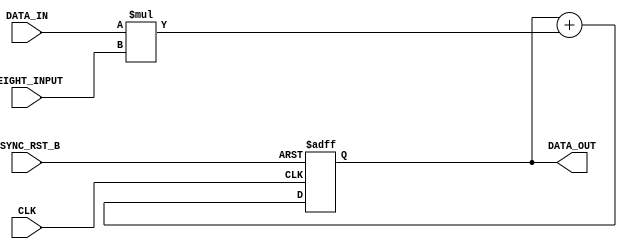
module test_MAC(CLK, ASYNC_RST_B,DATA_IN,WEIGHT_INPUT, DATA_OUT);

parameter LEN_WEIGHT = 8;
parameter LEN_DATA_IN = 8;
parameter LEN_DATA_OUT = 18;

input ASYNC_RST_B, CLK;
input signed [LEN_WEIGHT-1:0] DATA_IN;
input signed [LEN_DATA_IN-1:0] WEIGHT_INPUT;
output signed [LEN_DATA_OUT-1:0] DATA_OUT;

reg signed [LEN_DATA_OUT-1:0] DATA_OUT;

always @(posedge CLK or negedge ASYNC_RST_B) begin
    if (ASYNC_RST_B == 0) begin
        DATA_OUT <= 0;
    end
    else begin
        DATA_OUT <= DATA_OUT + DATA_IN * WEIGHT_INPUT;
    end
end

endmodule

//------------------------------------------------------------------------

module test();

parameter len_w = 10;
parameter len_i = 10;
parameter len_o = 20;

reg CLK;
wire signed [len_o-1:0] DATA_OUT;
reg signed [len_i-1:0] DATA_IN;
reg signed [len_w-1:0] WEIGHT_INPUT;

reg ASYNC_RST_B;

    initial begin
        #4 DATA_IN = -8'd125;
        #4 WEIGHT_INPUT= 8'd3;
        CLK = 0;
        #1 ASYNC_RST_B = 1;
        #2 ASYNC_RST_B = 0;
        #3 ASYNC_RST_B = 1;
        #50 $finish;
    end

always begin
    #5 CLK = !CLK;
    $display("%b", DATA_OUT);
    $display("%d", DATA_OUT);
end

// test_MAC MAC (.ASYNC_RST_B(ASYNC_RST_B), .DATA_IN(DATA_IN), .WEIGHT_INPUT(WEIGHT_INPUT), .DATA_OUT(DATA_OUT), .CLK(CLK));

// parameter overrride
test_MAC #( .LEN_WEIGHT(len_w),
            .LEN_DATA_IN(len_i),
            .LEN_DATA_OUT(len_o)) MAC(.ASYNC_RST_B(ASYNC_RST_B), .DATA_IN(DATA_IN), .WEIGHT_INPUT(WEIGHT_INPUT), .DATA_OUT(DATA_OUT), .CLK(CLK));
endmodule